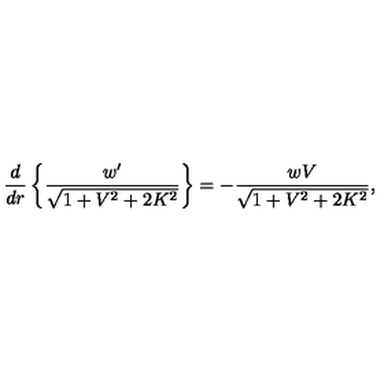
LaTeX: \frac { d } { d r } \left\{ \frac { w ^ { \prime } } { \sqrt { 1 + V ^ { 2 } + 2 K ^ { 2 } } } \right\} = - \frac { w V } { \sqrt { 1 + V ^ { 2 } + 2 K ^ { 2 } } } ,